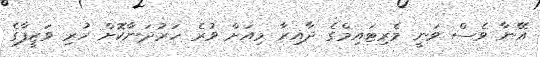
އޭނާ ވެސް ވަނީ މެރިޓައިމްގެ ދާއިރާ މިއަށް ވުރެ ހަރުދަނާކޮށް ހުރި ވަޒީފާގެ